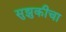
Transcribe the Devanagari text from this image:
सुझुकीचा